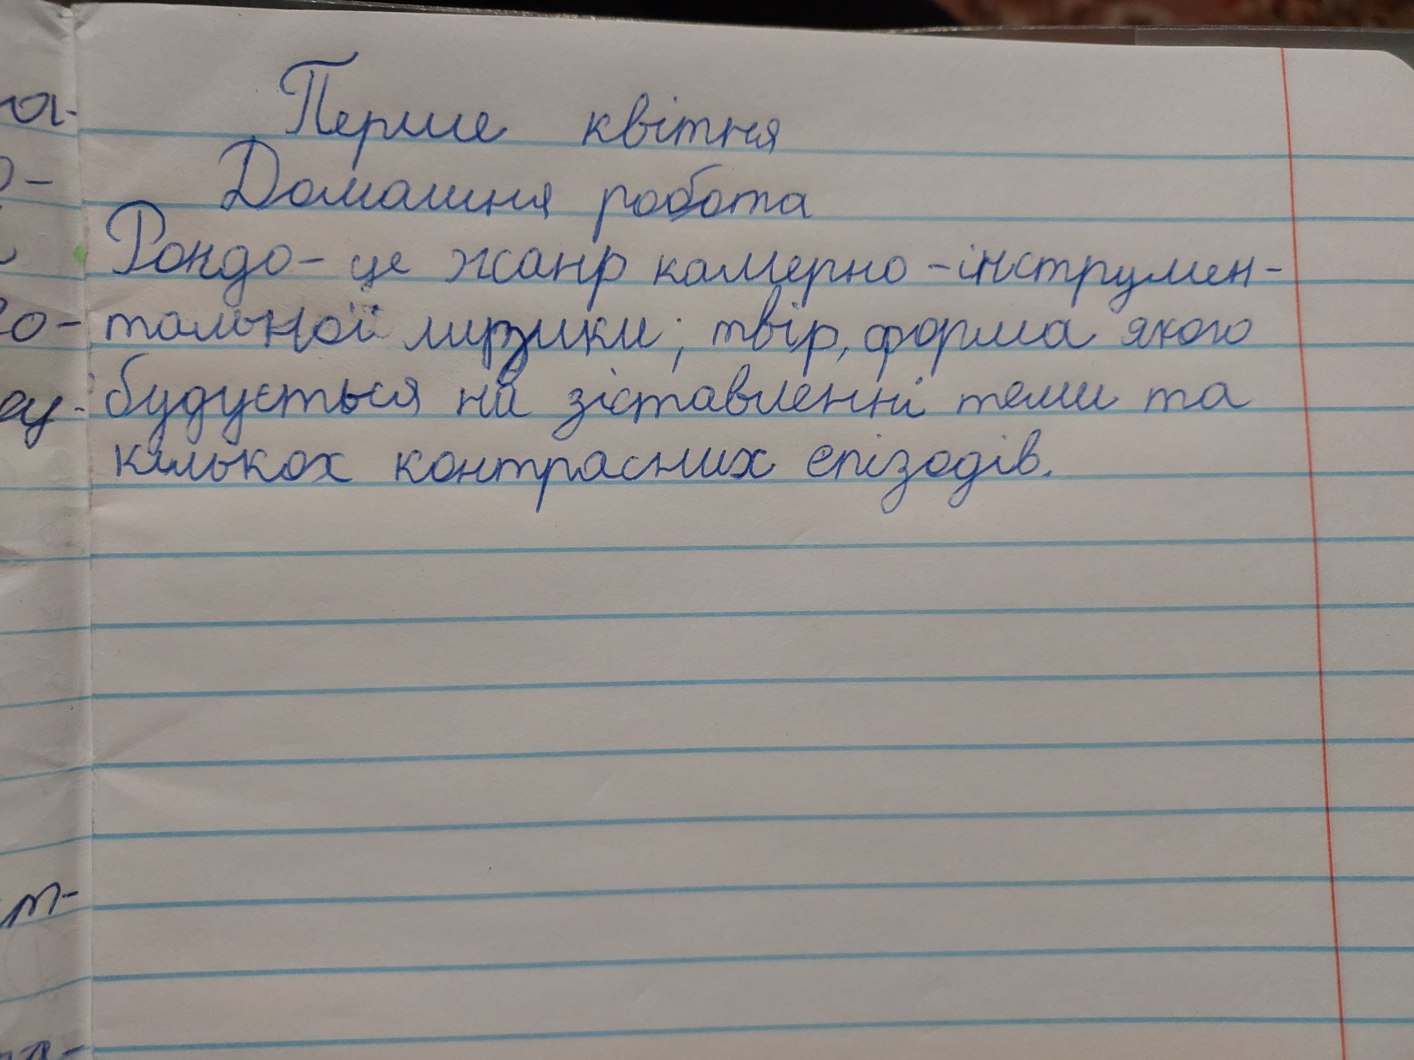
Перше квітня
Домашняя работа
Рондо - це жанр камерно - інструмен-
- тальної музики; твір, форма якого
будується на зіставленні теми та
кількох контрасних епізодів.